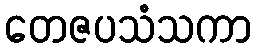
တေဇပသံသကာ